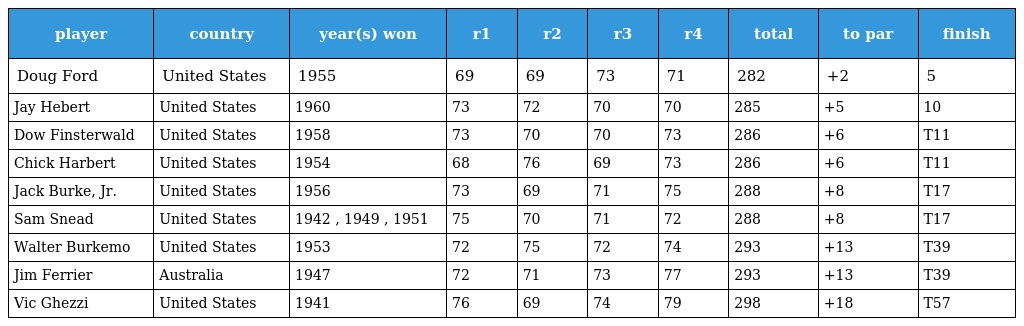
| player | country | year(s) won | r1 | r2 | r3 | r4 | total | to par | finish |
 | --- | --- | --- | --- | --- | --- | --- | --- | --- | --- |
 | Doug Ford | United States | 1955 | 69 | 69 | 73 | 71 | 282 | +2 | 5 |
 | Jay Hebert | United States | 1960 | 73 | 72 | 70 | 70 | 285 | +5 | 10 |
 | Dow Finsterwald | United States | 1958 | 73 | 70 | 70 | 73 | 286 | +6 | T11 |
 | Chick Harbert | United States | 1954 | 68 | 76 | 69 | 73 | 286 | +6 | T11 |
 | Jack Burke, Jr. | United States | 1956 | 73 | 69 | 71 | 75 | 288 | +8 | T17 |
 | Sam Snead | United States | 1942 , 1949 , 1951 | 75 | 70 | 71 | 72 | 288 | +8 | T17 |
 | Walter Burkemo | United States | 1953 | 72 | 75 | 72 | 74 | 293 | +13 | T39 |
 | Jim Ferrier | Australia | 1947 | 72 | 71 | 73 | 77 | 293 | +13 | T39 |
 | Vic Ghezzi | United States | 1941 | 76 | 69 | 74 | 79 | 298 | +18 | T57 |